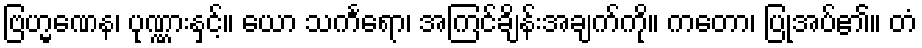
ဗြဟ္မဏေန၊ ပုဏ္ဏားနှင့်။ ယော သင်္ကရော၊ အကြင်ချိန်းအချက်ကို။ ကတော၊ ပြုအပ်၏။ တံ